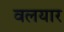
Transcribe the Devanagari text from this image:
वलयार